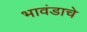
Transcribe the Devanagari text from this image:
भावंडाचे